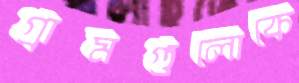
গ্রামগুলোকে